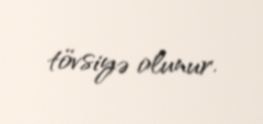
tövsiyə olunur.